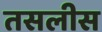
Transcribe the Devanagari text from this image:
तसलीस